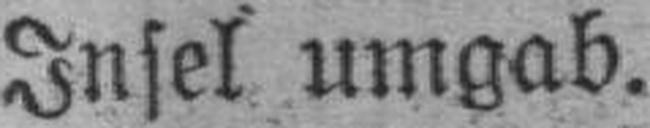
Insel umgab.